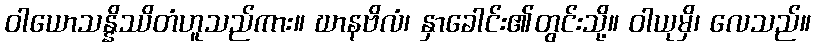
ဝါယောသန္နိဿိတံဟူသည်ကား။ ဃာနဗိလံ၊ နှာခေါင်း၏တွင်းသို့။ ဝါယုမှိ၊ လေသည်။